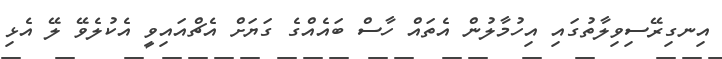
އިނގިރޭސިވިލާތުގައި އިހުމާލުން އެތައްް ހާސް ބައެއްގެ ގަޔަށް އެޗްއައިވީ އެކުލެވޭ ލޭ އެޅި